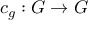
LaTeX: c _ { g } : G \to G